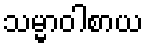
သမ္မာဝါစာယ